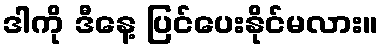
ဒါကို ဒီနေ့ ပြင်ပေးနိုင်မလား။